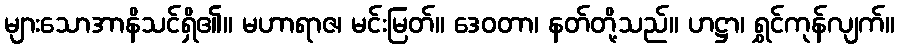
များသောအာနိသင်ရှိ၏။ မဟာရာဇ၊ မင်းမြတ်။ ဒေဝတာ၊ နတ်တို့သည်။ ဟဋ္ဌာ၊ ရွှင်ကုန်လျက်။